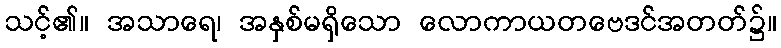
သင့်၏။ အသာရေ၊ အနှစ်မရှိသော လောကာယတဗေဒင်အတတ်၌။